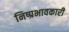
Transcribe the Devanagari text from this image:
निष्प्रभावकारी